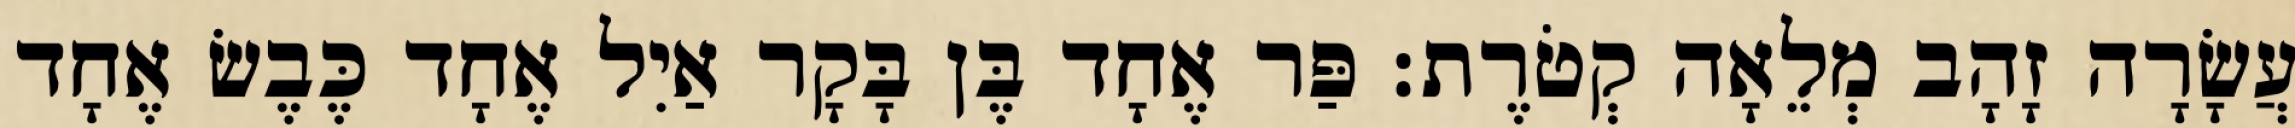
עֲשָׂרָה זָהָב מְלֵאָה קְטֹרֶת׃ פַּר אֶחָד בֶּן בָּקָר אַיִל אֶחָד כֶּבֶשׂ אֶחָד